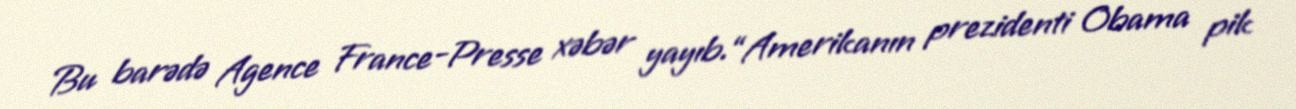
Bu barədə Agence France-Presse xəbər yayıb.“Amerikanın prezidenti Obama pik